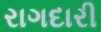
રાગદારી